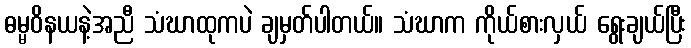
ဓမ္မဝိနယနဲ့အညီ သံဃာထုကပဲ ချမှတ်ပါတယ်။ သံဃာက ကိုယ်စားလှယ် ရွေးချယ်ပြီး